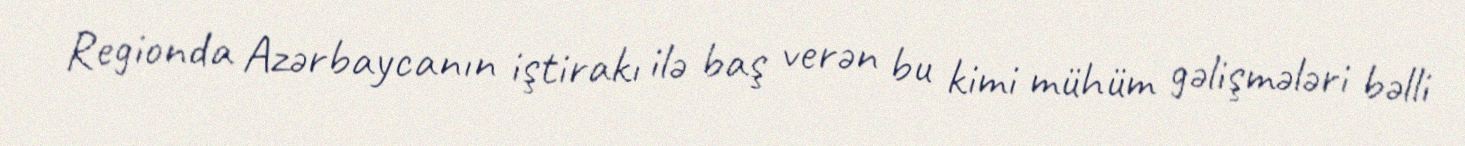
Regionda Azərbaycanın iştirakı ilə baş verən bu kimi mühüm gəlişmələri bəlli